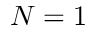
N = 1